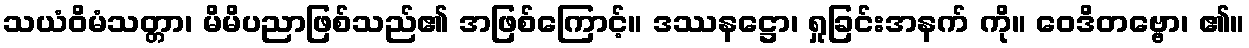
သယံဝိမံသတ္တာ၊ မိမိပညာဖြစ်သည်၏ အဖြစ်ကြောင့်။ ဒဿနဋ္ဌော၊ ရှုခြင်းအနက် ကို။ ဝေဒိတဗ္ဗော၊ ၏။